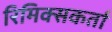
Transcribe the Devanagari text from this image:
रिमिक्सकर्ता